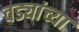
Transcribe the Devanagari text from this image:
वड्यांच्या